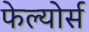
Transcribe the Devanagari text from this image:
फेल्योर्स